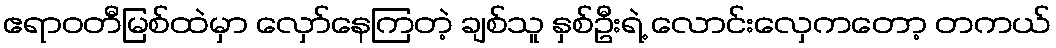
ဧရာဝတီမြစ်ထဲမှာ လှော်နေကြတဲ့ ချစ်သူ နှစ်ဦးရဲ့ လောင်းလှေကတော့ တကယ်